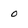
Character: 0